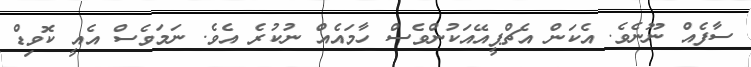
ސާފެއް ނޫނެވެ. އެކަން އެޗްޕީއޭއަކުންވެސް ހާމައެއް ނުކުރެ އެވެ. ނަމަވެސް އެއީ ކޮވިޑް